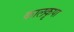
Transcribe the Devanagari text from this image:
कालकृपा